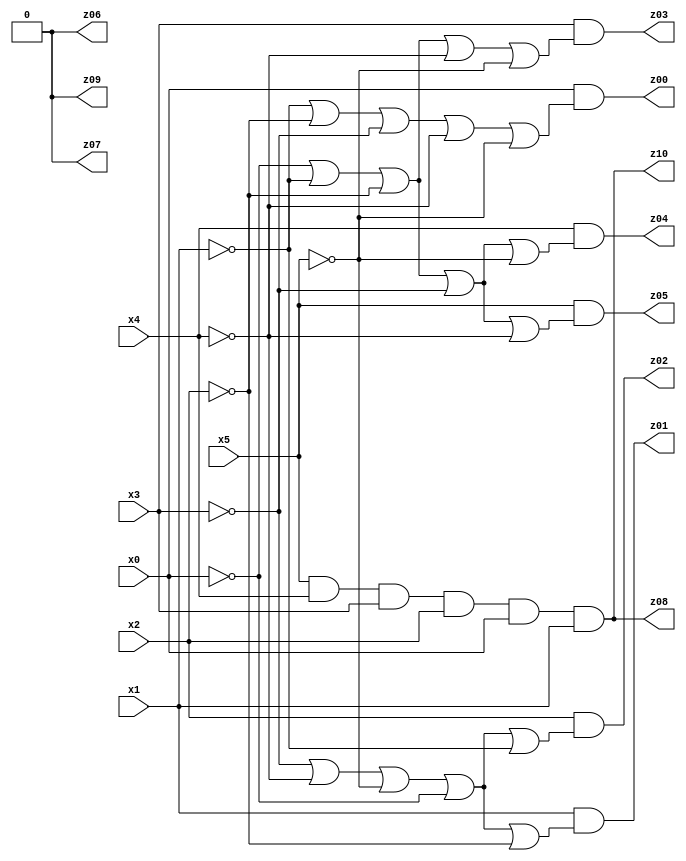
// Benchmark "X_6_32" written by ABC on Fri Jun 23 18:49:48 2023

module X_6_32 ( 
    x0, x1, x2, x3, x4, x5,
    z00, z01, z02, z03, z04, z05, z06, z07, z08, z09, z10  );
  input  x0, x1, x2, x3, x4, x5;
  output z00, z01, z02, z03, z04, z05, z06, z07, z08, z09, z10;
  assign z06 = 1'b0;
  assign z00 = x0 & (~x1 | ~x2 | ~x3 | ~x4 | ~x5);
  assign z01 = x1 & (~x3 | ~x4 | ~x5 | ~x0 | ~x2);
  assign z02 = x2 & (~x3 | ~x4 | ~x5 | ~x0 | ~x1);
  assign z03 = x3 & (~x0 | ~x1 | ~x2 | ~x4 | ~x5);
  assign z04 = x4 & (~x0 | ~x1 | ~x2 | ~x3 | ~x5);
  assign z05 = x5 & (~x0 | ~x1 | ~x2 | ~x3 | ~x4);
  assign z08 = x5 & x4 & x3 & x2 & x0 & x1;
  assign z07 = z06;
  assign z09 = z06;
  assign z10 = x5 & x4 & x3 & x2 & x0 & x1;
endmodule